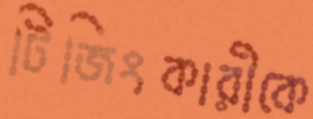
টিজিংকারীকে